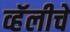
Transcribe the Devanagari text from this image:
व्हॅलीचे